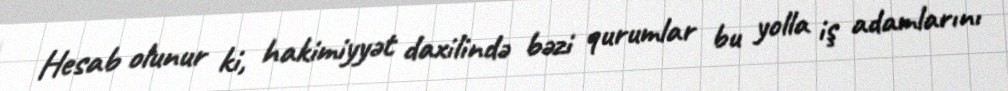
Hesab olunur ki, hakimiyyət daxilində bəzi qurumlar bu yolla iş adamlarını